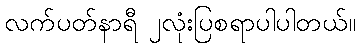
လက်ပတ်နာရီ ၂လုံးပြစရာပါပါတယ်။